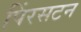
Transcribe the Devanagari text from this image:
पिंरसटन